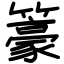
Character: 籇